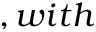
, w i t h